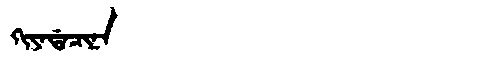
Manchu: ᡴᡳᠶᠠᡩᠠᠴᡳᠨᠠ
Romanization: KIYADACINA